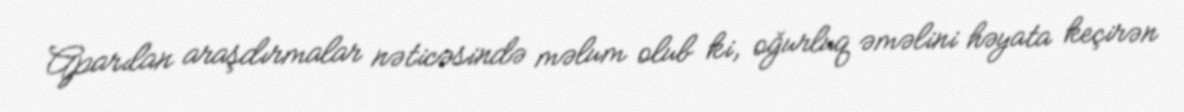
Aparılan araşdırmalar nəticəsində məlum olub ki, oğurluq əməlini həyata keçirən